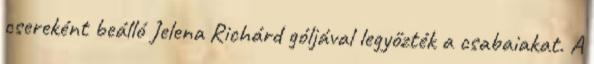
csereként beálló Jelena Richárd góljával legyőzték a csabaiakat. A